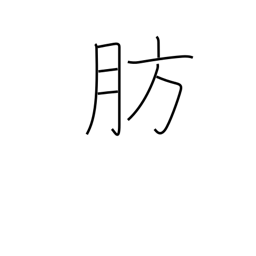
Meaning: obese